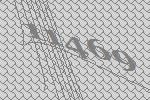
11469